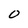
Character: 0